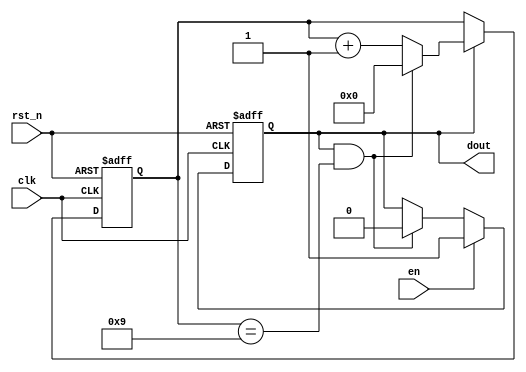
module pluse_module(
clk    ,
rst_n  ,
en     ,

dout
);

parameter      PL_W =   10;

input               clk    ;
input               rst_n  ;
input               en     ;

output              dout   ;

reg                 dout   ;

wire                 add_cnt ;
wire                 end_cnt ;
reg[3:0]            cnt    ;


always @(posedge clk or negedge rst_n)begin
    if(!rst_n)begin
        cnt <= 0;
    end
    else if(add_cnt)begin
        if(end_cnt)
            cnt <= 0;
        else
            cnt <= cnt + 1;
    end
end

assign add_cnt = dout == 1;       
assign end_cnt = add_cnt && cnt == PL_W - 1 ;   

always  @(posedge clk or negedge rst_n)begin
    if(rst_n==1'b0)begin
        dout <= 0;
    end
    else if(en) begin
        dout <= 1;
    end
    else if(end_cnt) begin
        dout <= 0;
    end
end


endmodule